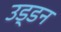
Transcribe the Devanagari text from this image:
उड्डन